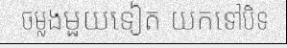
ចម្លងមួយទៀត យកទៅបិទ